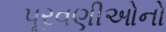
પૂરવણીઓનો